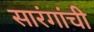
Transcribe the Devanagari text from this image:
सारंगांची